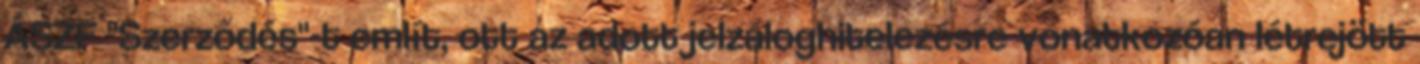
ÁSZF "Szerződés"-t említ, ott az adott jelzáloghitelezésre vonatkozóan létrejött